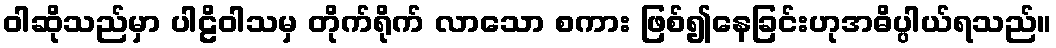
ဝါဆိုသည်မှာ ပါဠိဝါသမှ တိုက်ရိုက် လာသော စကား ဖြစ်၍နေခြင်းဟုအဓိပ္ပါယ်ရသည်။